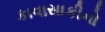
કાવાસાકીનો